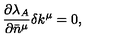
{ } \frac { \partial \lambda _ { A } } { \partial \bar { n } ^ { \mu } } \delta k ^ { \mu } = 0 ,